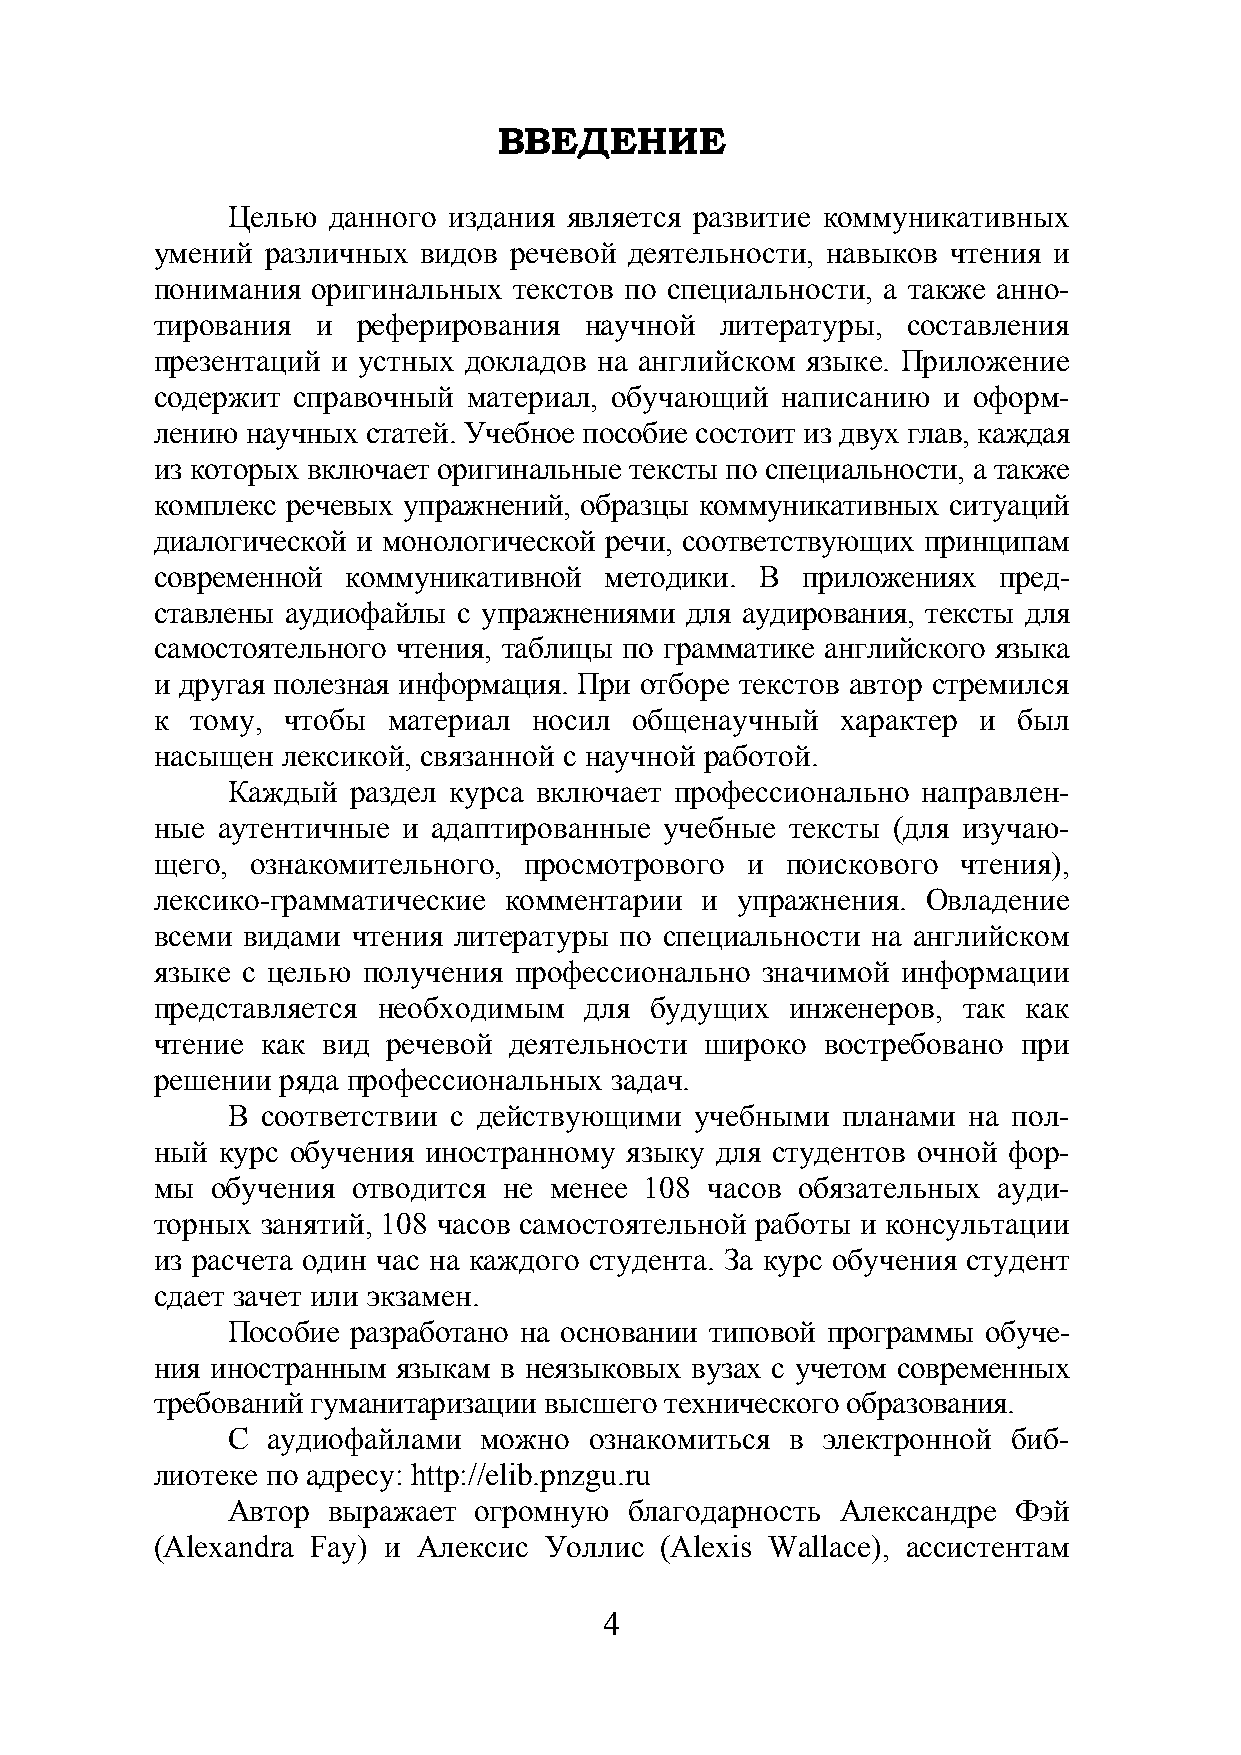
ВВЕДЕНИЕ
 Целью  данного издания является развитие коммуникативных
 умений  различных видов речевой деятельности, навыков чтения и
 понимания  оригинальных текстов по специальности, а также анно-
 тирования  и  реферирования  научной  литературы, составления
 презентаций и устных докладов на английском языке. Приложение
 содержит справочный  материал, обучающий  написанию и оформ-
 лению научных статей. Учебное пособие состоит из двух глав, каждая
 из которых включает оригинальные тексты по специальности, а также
 комплекс речевых упражнений, образцы коммуникативных ситуаций
 диалогической и монологической речи, соответствующих принципам
 современной  коммуникативной  методики. В  приложениях  пред-
 ставлены аудиофайлы с упражнениями для аудирования, тексты для
 самостоятельного чтения, таблицы по грамматике английского языка
 и другая полезная информация. При отборе текстов автор стремился
 к  тому, чтобы  материал носил  общенаучный   характер и был
 насыщен  лексикой, связанной с научной работой.
 Каждый  раздел курса включает профессионально направлен-
 ные аутентичные  и адаптированные учебные тексты (для изучаю-
 щего,  ознакомительного, просмотрового и  поискового  чтения),
 лексико-грамматические комментарии  и  упражнения. Овладение
 всеми видами чтения литературы по специальности на английском
 языке с целью получения профессионально значимой  информации
 представляется необходимым   для будущих  инженеров,  так как
 чтение как вид  речевой деятельности широко  востребовано при
 решении ряда профессиональных задач.
 В соответствии с действующими  учебными  планами на пол-
 ный курс обучения иностранному языку для студентов очной фор-
 мы  обучения отводится не менее  108 часов обязательных ауди-
 торных занятий, 108 часов самостоятельной работы и консультации
 из расчета один час на каждого студента. За курс обучения студент
 сдает зачет или экзамен.
 Пособие разработано на основании типовой программы обуче-
 ния иностранным языкам в неязыковых вузах с учетом современных
 требований гуманитаризации высшего технического образования.
 С  аудиофайлами  можно  ознакомиться в электронной  биб-
 лиотеке по адресу: http://elib.pnzgu.ru
 Автор  выражает огромную   благодарность Александре Фэй
 (Alexandra Fay) и Алексис Уоллис  (Alexis Wallace), ассистентам
 4